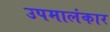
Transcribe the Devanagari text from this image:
उपमालंकार